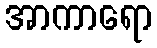
အာကာရော